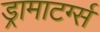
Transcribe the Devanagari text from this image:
ड्रामाटर्ग्स